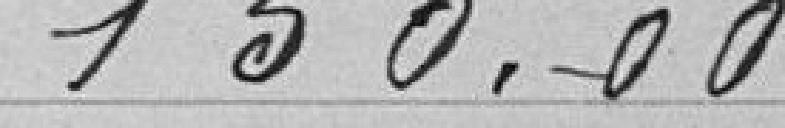
150,00